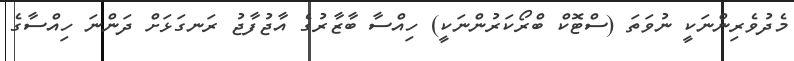
މެދުވެރިންނަކީ ނުވަތަ (ސްޓޮކް ބްރޯކަރުންނަކީ) ހިއްސާ ބާޒާރުގެ އާޖުފާޖު ރަނގަޅަށް ދަންނަ ހިއްސާގެ